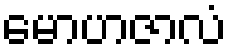
မောဟဇာလံ